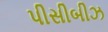
પીસીબીઝ